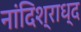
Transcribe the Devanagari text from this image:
नांदिश्राध्द